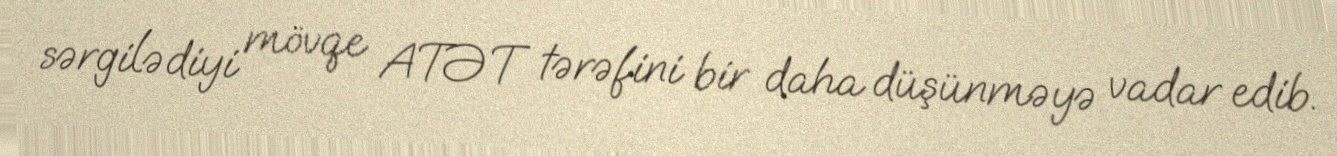
sərgilədiyi mövqe ATƏT tərəfini bir daha düşünməyə vadar edib.